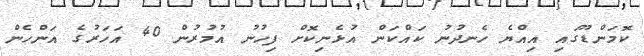
ކޮމަންޑޫގައި އިއްޔެ ހެނދުނު ކައްކަން އުޅެނިކޮށް ފިހުނު އުމުރުން 40 އަހަރުގެ އަންހެން